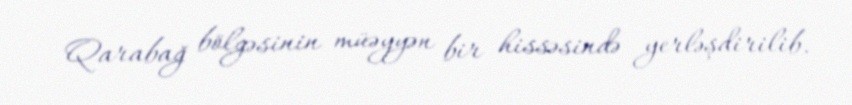
Qarabağ bölgəsinin müəyyən bir hissəsində yerləşdirilib.